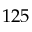
1 2 5